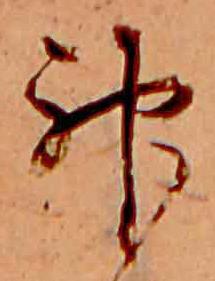
神